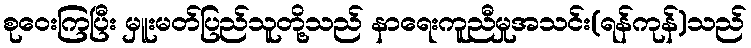
စုဝေးကြပြီး မှူးမတ်ပြည်သူတို့သည် နာရေးကူညီမှုအသင်း(ရန်ကုန်)သည်